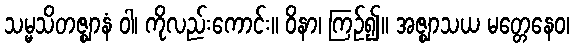
သမ္မသိတဇ္ဈာနံ ဝါ၊ ကိုလည်းကောင်း။ ဝိနာ၊ ကြဉ်၍။ အဇ္ဈာသယ မတ္တေနေဝ၊